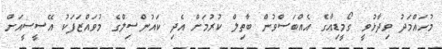
މުހައްމަދު ވިދާޅުވީ ގޯމީޑިއާގެ އެއްބަސްވުން ބާތިލް ކުރުމަށް އެދި ކައުންސިލްގެ މުވައްޒަފަކު އޭސީސީއަށް